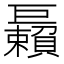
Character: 𢀲